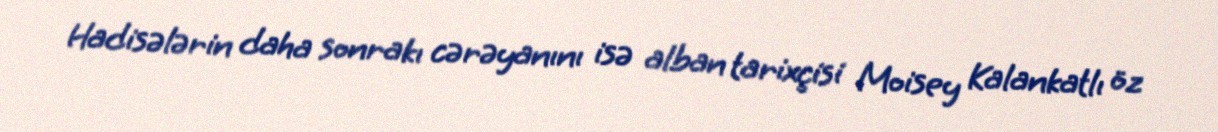
Hadisələrin daha sonrakı cərəyanını isə alban tarixçisi Moisey Kalankatlı öz